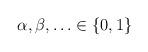
LaTeX: \begin{align*}\alpha ,\beta ,\ldots \in \left\{ 0,1\right\}\end{align*}